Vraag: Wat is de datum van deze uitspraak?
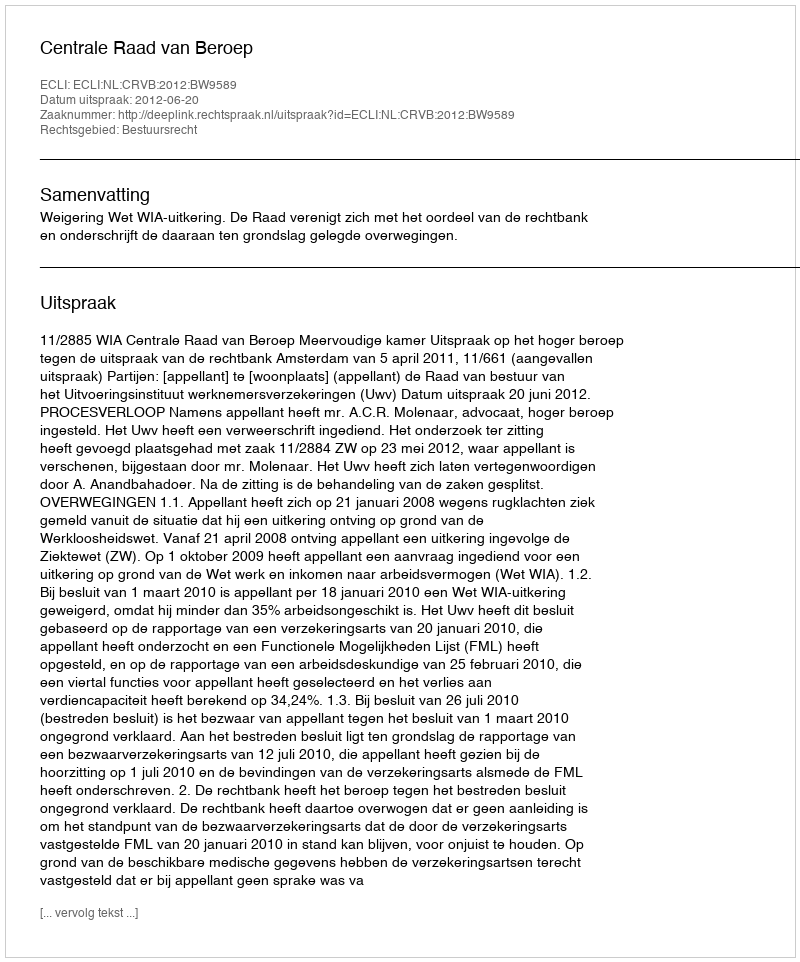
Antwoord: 2012-06-20